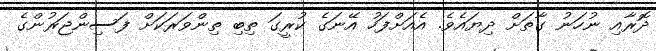
ދޮރާއި ނުހަނު ގާތަށް ދިޔައެވެ. އެއަށްފަހު އޭނަގެ ކުރީގަ ތިބި ތިންވަރަކަށް ފަސިންޖަރުންގެ